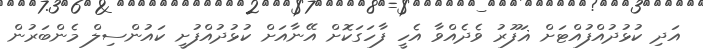
އަދި ކުޅުދުއްފުއްޓަށް ޣަފޫރު ވެދެއްވާ އެހީ ފާހަގަކޮށް އޭނާއަށް ކުޅުދުއްފުށީ ކައުންސިލް މެންބަރުން